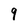
Character: 9